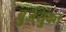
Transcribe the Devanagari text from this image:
बुर्जयुक्त